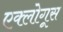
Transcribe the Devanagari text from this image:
एक्लोगूस